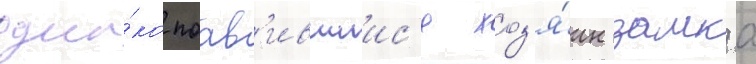
одна́ко поав'ившиис'я хоз'я́ин замка